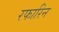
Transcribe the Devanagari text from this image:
रफारिन